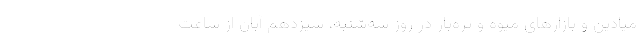
میادین و بازارهای میوه و تره‌بار در روز سه‌شنبه، سیزدهم آبان از ساعت